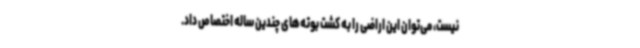
نیست، می‌توان این اراضی را به کشت بوته‌های چندین ساله اختصاص داد.